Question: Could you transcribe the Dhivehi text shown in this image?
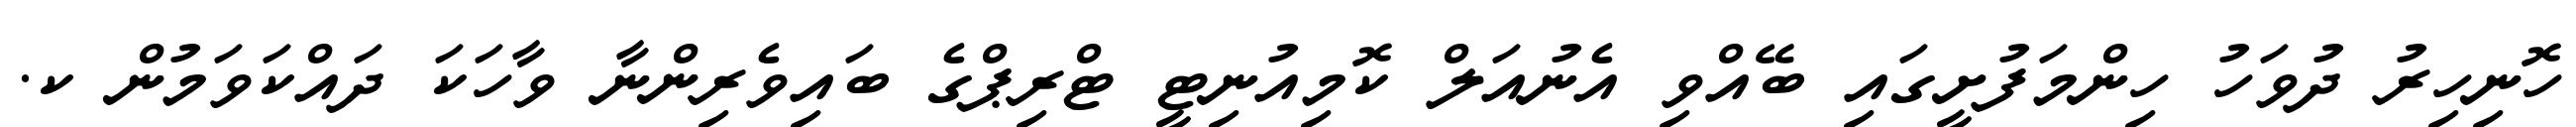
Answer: ހޮނިހިރު ދުވަހު ހިންމަފުށީގައި ބޭއްވި އެނުއަލް ކޮމިއުނިޓީ ޓްރިޕްގެ ބައިވެރިންނާ ވާހަކަ ދައްކަވަމުން ކ.